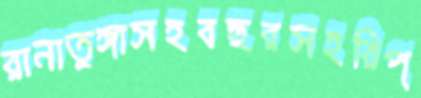
রানাতুঙ্গাসহবছরসহরিপ্